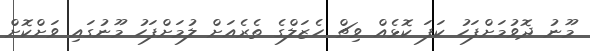
މޫނު ދޮވުމަށްފަހު ކަފަ ކޮޅެއް ވިޗް ހެޒަލްގެ ތެރެއަށް ލުމަށްފަހު މޫނުގައި ވަށްކޮށް